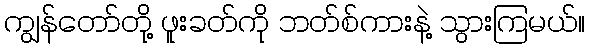
ကျွန်တော်တို့ ဖူးခတ်ကို ဘတ်စ်ကားနဲ့ သွားကြမယ်။